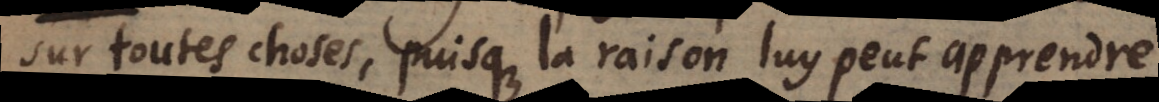
sur toutes choses, puisque la raison luy peut apprendre